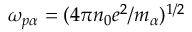
\omega _ { p \alpha } = ( 4 \pi n _ { 0 } e ^ { 2 } / m _ { \alpha } ) ^ { 1 / 2 }